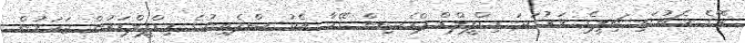
ރޭގެ މެޗުގައި ޗިލީގެ ވަރުގަދަ މިޑްފީލްޑް-ޕްރެސިން ގޭމާ އެކު ސްޕެއިނުގެ މިޑްފީލްޑަރުން ޖަހަމުން